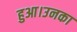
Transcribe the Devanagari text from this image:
हुआ।उनका